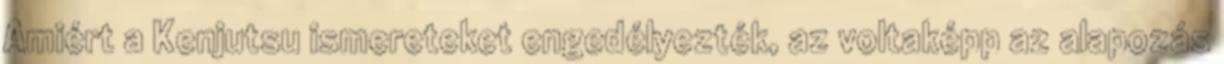
Amiért a Kenjutsu ismereteket engedélyezték, az voltaképp az alapozás